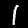
Digit: 1